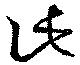
此